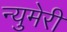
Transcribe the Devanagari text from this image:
न्युमेरी